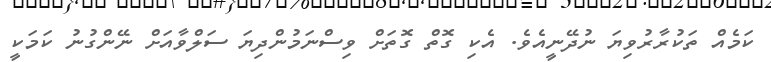
ކަމެއް ތަކުރާރުވިޔަ ނުދޭނީއެވެ. އެކި ގޮތް ގޮތަށް ވިސްނަމުންދިޔަ ސަލްވާއަށް ނޭންގުނު ކަމަކީ